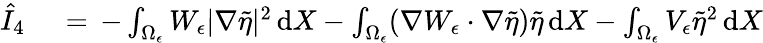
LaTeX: \begin{array}{rl}{\hat{I}_{4}\, }&{{}=\, -\int_{\Omega_{\epsilon}}W_{\epsilon}|\nabla\tilde{\eta}|^{2}\, \mathrm{d}X-\int_{\Omega_{\epsilon}}(\nabla W_{\epsilon}\cdot\nabla\tilde{\eta})\tilde{\eta}\, \mathrm{d}X-\int_{\Omega_{\epsilon}}V_{\epsilon}\tilde{\eta}^{2}\, \mathrm{d}X}\end{array}